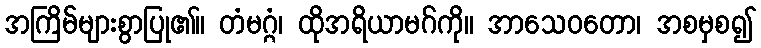
အကြိမ်များစွာပြု၏။ တံမဂ္ဂံ၊ ထိုအရိယာမဂ်ကို။ အာသေဝတော၊ အစမှစ၍